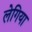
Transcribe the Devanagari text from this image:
लेगिया